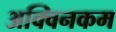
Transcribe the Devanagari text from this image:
अक्विनकम